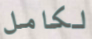
لكامل